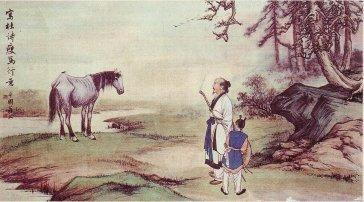
堂前扑枣任西邻，无食无儿一妇人。